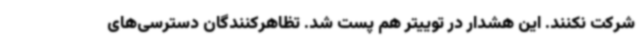
شرکت نکنند. این هشدار در توییتر هم پست شد. تظاهرکنندگان دسترسی‌های